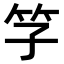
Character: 𥫞